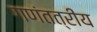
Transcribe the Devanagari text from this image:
गणंतत्रीय